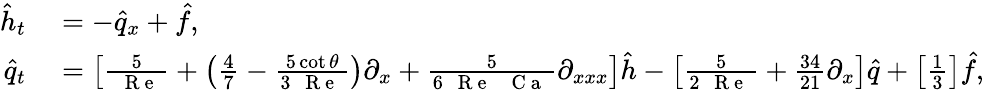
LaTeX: \begin{array}{rl}{\hat{h}_{t}}&{{}=-\hat{q}_{x}+\hat{f},}\\ {\hat{q}_{t}}&{{}=\left[\frac{5}{\mathrm{~\textit~{~R~e~}~}}+\left(\frac{4}{7}-\frac{5\cot{\theta}}{3\mathrm{~\textit~{~R~e~}~}}\right)\partial_{x}+\frac{5}{6\mathrm{~\textit~{~R~e~}~}\mathrm{~\textit~{~C~a~}~}}\partial_{xxx}\right]\hat{h}-\left[\frac{5}{2\mathrm{~\textit~{~R~e~}~}}+\frac{34}{21}\partial_{x}\right]\hat{q}+\left[\frac{1}{3}\right]\hat{f},}\end{array}